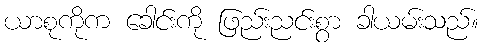
ယာစုကိုက ခေါင်းကို ဖြည်းညင်းစွာ ခါယမ်းသည်။